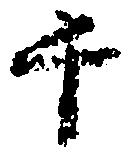
千